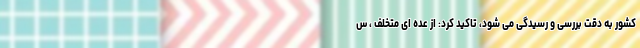
کشور به دقت بررسی و رسیدگی می شود، تاکید کرد: از عده ای متخلف ، س